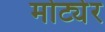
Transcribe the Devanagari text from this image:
मोट्येर